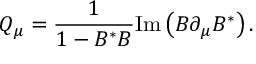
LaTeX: Q _ { \mu } = { \frac { 1 } { 1 - B ^ { * } B } } \mathrm { I m } \left( B \partial _ { \mu } B ^ { * } \right) .